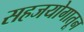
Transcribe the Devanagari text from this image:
सहजयोगातून